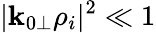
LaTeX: |\mathbf{k}_{0\perp}\rho_{i}|^{2}\ll1